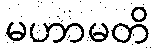
မဟာမတိ